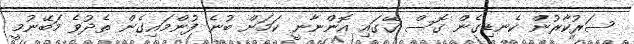
ސަރުކާރުން ކެނޑިގެން ގޮސް ގޭގައި އޮންނާނީ ކަމަށް ބުނެ ފުންމައިގެން ތެދުވެ މަބޭނުމީ